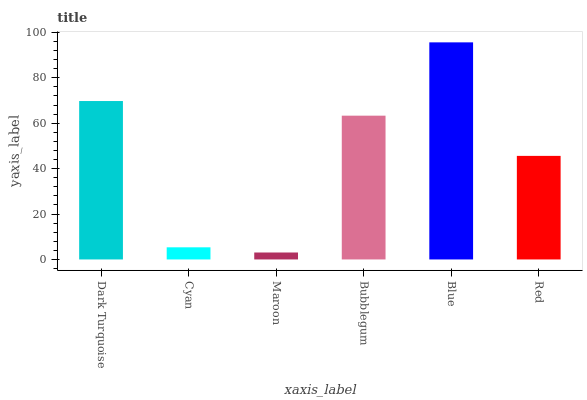
| xaxis_label | bars |
 | --- | --- |
 | Dark Turquoise | 69.8 |
 | Cyan | 5.35 |
 | Maroon | 3.06 |
 | Bubblegum | 63.3 |
 | Blue | 95.6 |
 | Red | 45.6 |